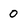
Character: 0